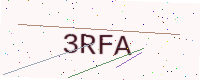
Text: 3RFA